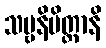
သဗ္ဗနိမိတ္တာနိ